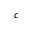
c